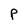
Character: P